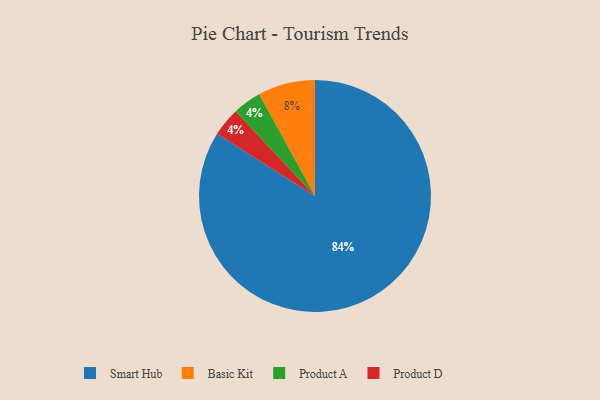
{"axis": {"x": "Category", "y": "Percentage"}, "legend": ["Basic Kit", "Product A", "Product D", "Smart Hub"], "data": [{"x": "Basic Kit", "y": 8, "type": "Basic Kit"}, {"x": "Product A", "y": 4, "type": "Product A"}, {"x": "Smart Hub", "y": 84, "type": "Smart Hub"}, {"x": "Product D", "y": 4, "type": "Product D"}]}